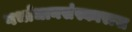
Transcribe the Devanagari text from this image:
गर्भाधानसंस्कारास